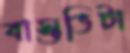
বাস্তভিটা